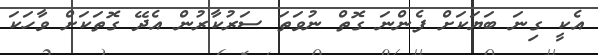
އެކީ ގިނަ ބަޔަކަށް ފެންނަ ގޮތް ނުވަތަ ސަރުކާރުން އެދޭ ގޮތަކަށް ވާހަކަ